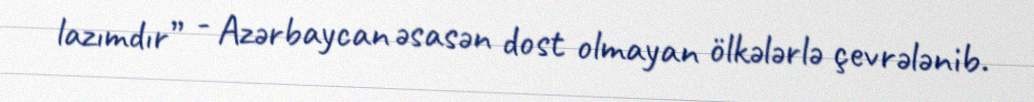
lazımdır” - Azərbaycan əsasən dost olmayan ölkələrlə çevrələnib.